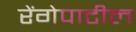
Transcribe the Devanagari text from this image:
रेंगेपाटील